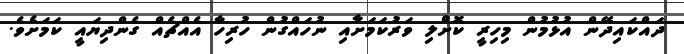
ދައްކައިދޭން އުޅުމުން މިހިރީ ކޮށްލި ވަރުކަމަށާއި ނުހައްގުން ހުރިހާ އެއްޗެއް ގެންދިޔައީ ކަމަށެެވެ.